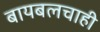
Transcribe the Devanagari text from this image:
बायबलचाही